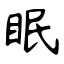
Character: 眠